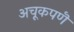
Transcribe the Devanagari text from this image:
अचूकपणॆ